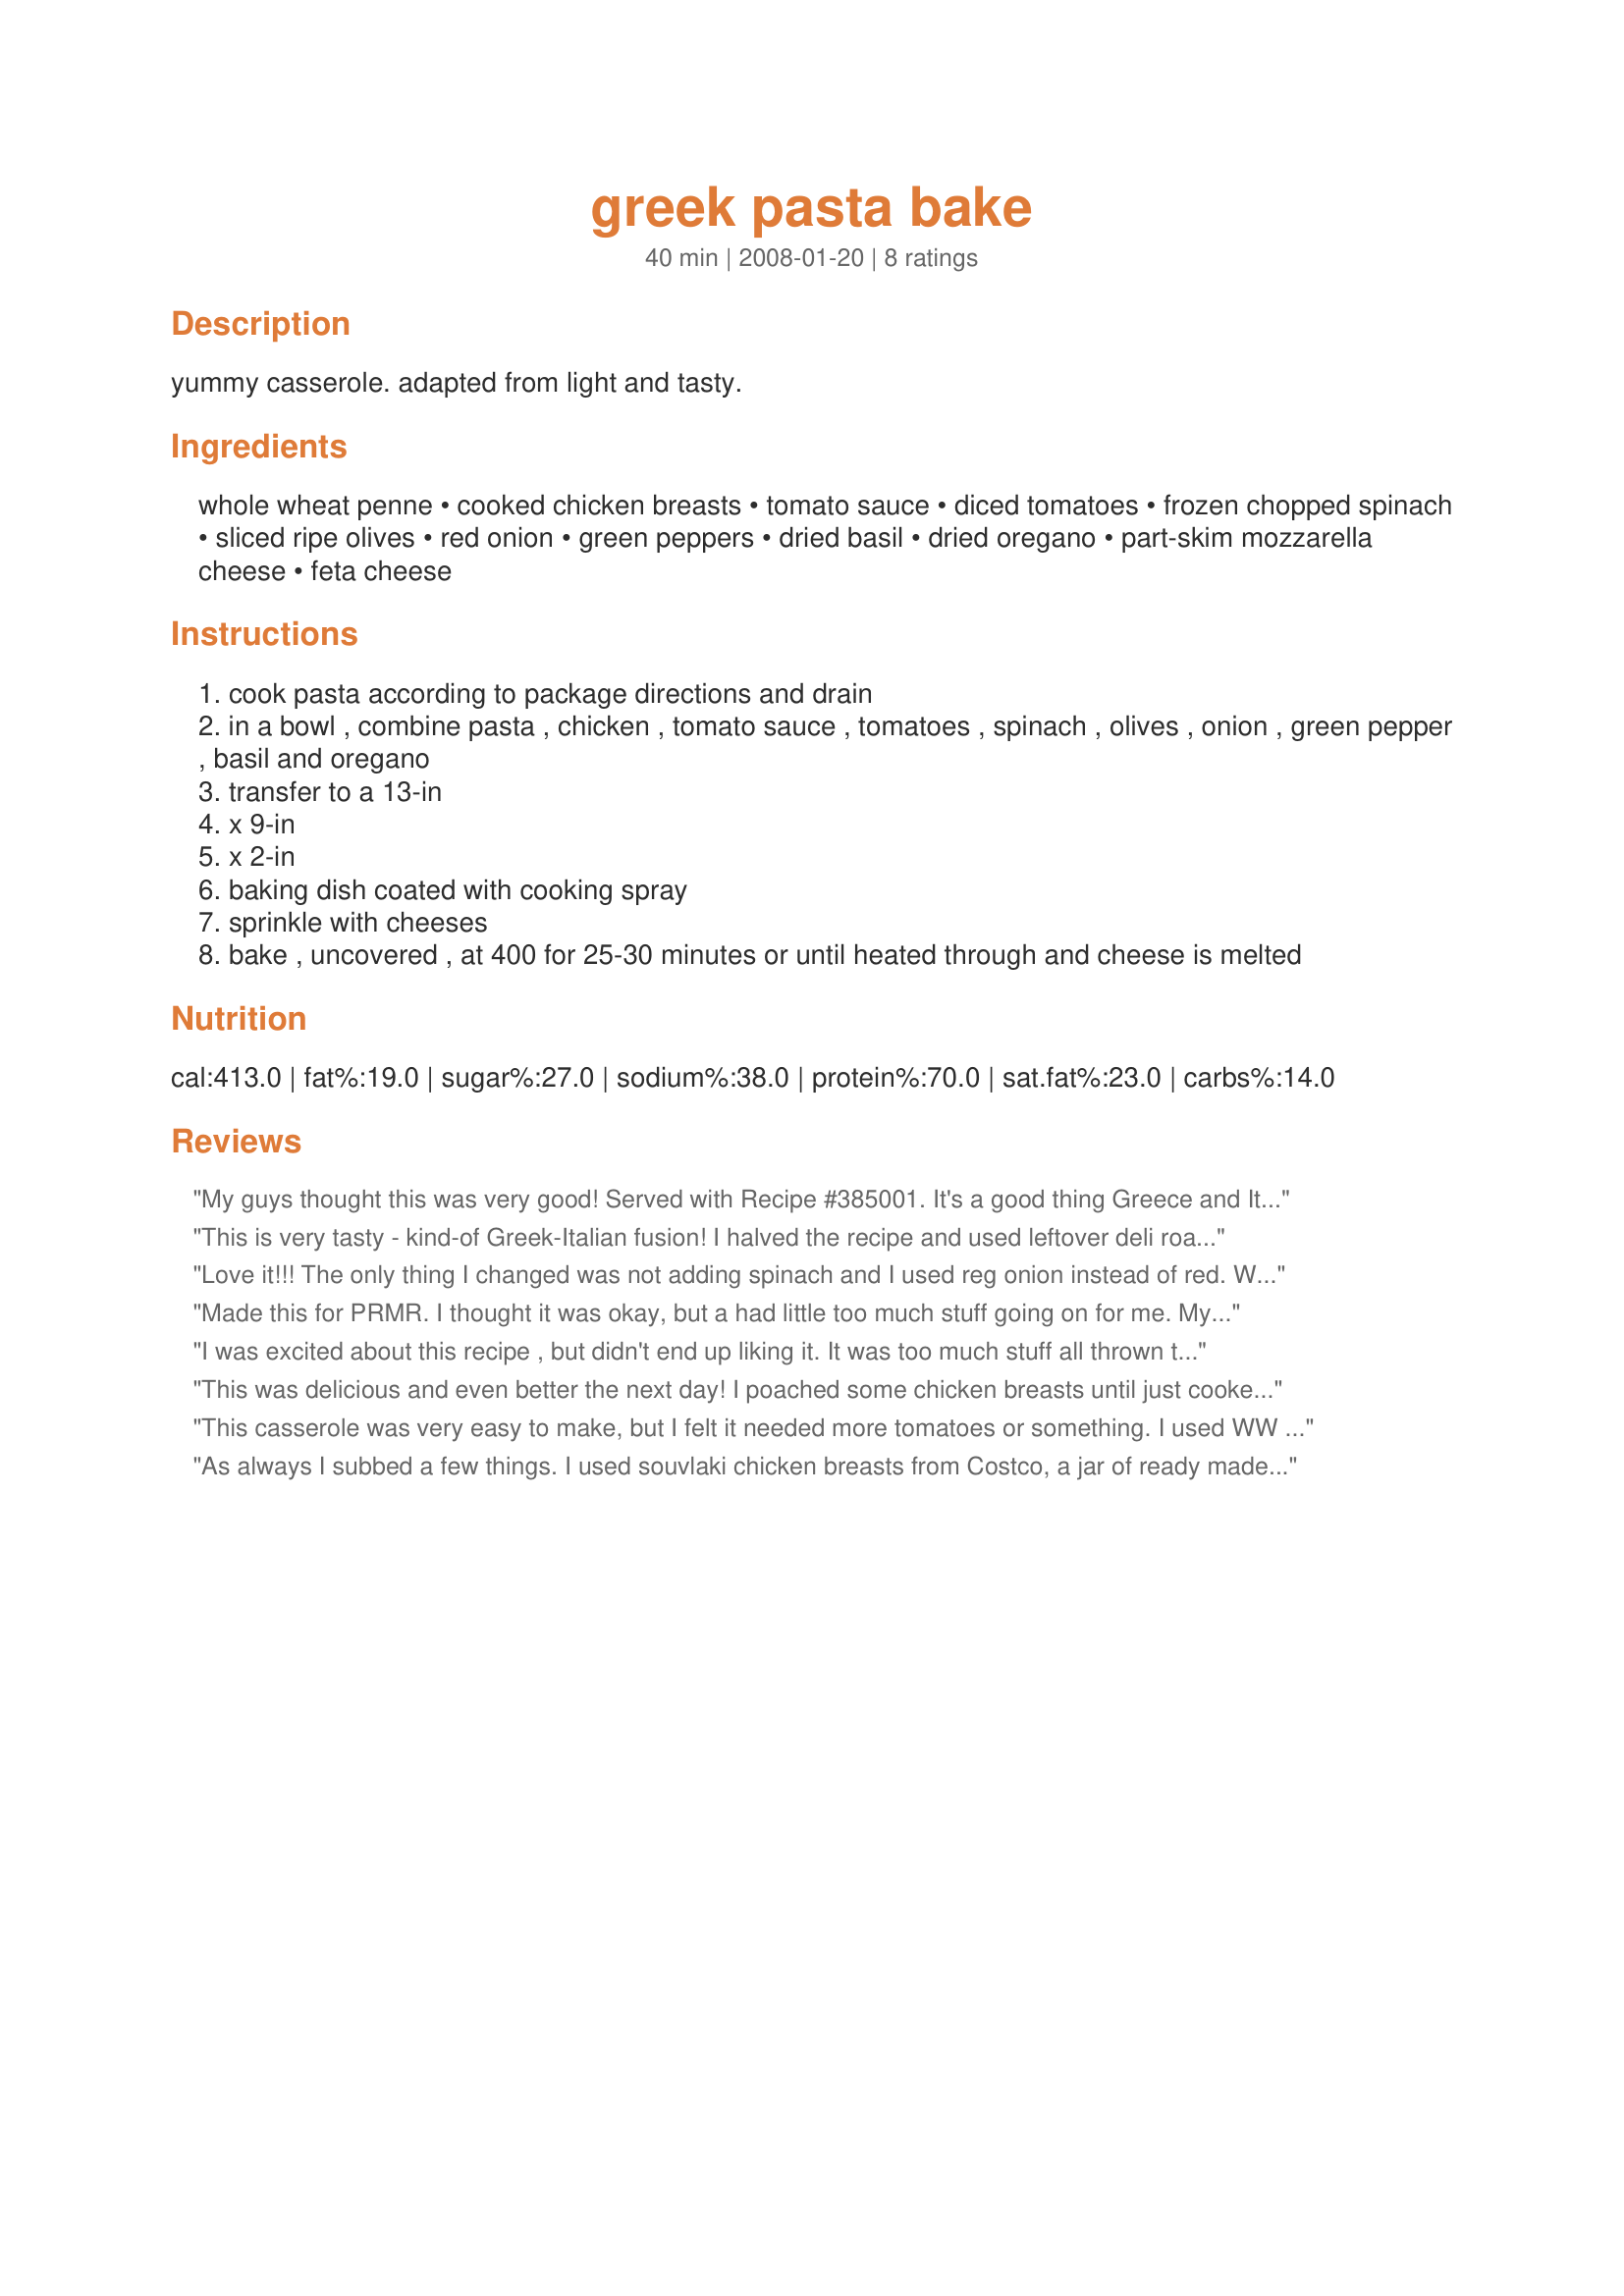
greek pasta bake
Preparation time: 40 minutes

yummy casserole. adapted from light and tasty.

Ingredients:
whole wheat penne, cooked chicken breasts, tomato sauce, diced tomatoes, frozen chopped spinach, sliced ripe olives, red onion, green peppers, dried basil, dried oregano, part-skim mozzarella cheese, feta cheese

Steps:
cook pasta according to package directions and drain
in a bowl , combine pasta , chicken , tomato sauce , tomatoes , spinach , olives , onion , green pepper , basil and oregano
transfer to a 13-in
x 9-in
x 2-in
baking dish coated with cooking spray
sprinkle with cheeses
bake , uncovered , at 400 for 25-30 minutes or until heated through and cheese is melted

Reviews:
My guys thought this was very good! Served with Recipe #385001. It's a good thing Greece and Italy are pretty close together!lol Cut the recipe in half, and still had enough left over for another meal. The only change I made was to use fresh spinach, chopped coarsely. I figured there was enough sauce to cook it, and I was right! I try to stay away from the frozen as much as possible. Thnx for sharing your recipe. Made for Adopt-a-Tag 2009.
This is very tasty - kind-of Greek-Italian fusion! I halved the recipe and used leftover deli roasted chicken (white meat only), orange bell pepper, and just a tiny bit more spinach (I had about 6 oz from a 16 oz bag of frozen spinach and wanted to use it up). I also used more cheese, but that's something I almost always do, being a serious cheese lover! Baked the half recipe in an 8x8 (2 qt) dish. Thanks for sharing! [Made for Adopt A Tag 2010/2011]
Love it!!! The only thing I changed was not adding spinach and I used reg onion instead of red. We loved the amount of black olives in it... zillions! I think the only thing I would change about it would be to use more feta. Yum!
Made this for PRMR. I thought it was okay, but a had little too much stuff going on for me. My husband and children really didn't care for it.
I was excited about this recipe , but didn't end up liking it. It was too much stuff all thrown together and it tasted like it. I followed the recipe exactly except using roasted red peppers instead of the green. We ate it for dinner but most of the leftovers got thrown away. I wouldn't make this again and it wastes some expensive ingredients in my opinion. Just not for us, thanks anyway!
This was delicious and even better the next day! I poached some chicken breasts until just cooked and then shredded it. It was still nice and tender after baking. I used regular pasta and probably more cheese than the recipe stated. I love feta cheese!
This casserole was very easy to make, but I felt it needed more tomatoes or something. I used WW mozzarella and low fat feta, so it may have been the cheese I used which was the problem with the dish. Made for review tag. Thanks for sharing!
As always I subbed a few things.
I used souvlaki chicken breasts from Costco, a jar of ready made pasta sauce, and parmesan cheese because I had no mozzarella. The rest I had.
It was very tasty and I really liked the addition of black olives.
Heated up well in microwave too.
